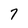
Character: 7